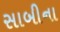
સાબીના